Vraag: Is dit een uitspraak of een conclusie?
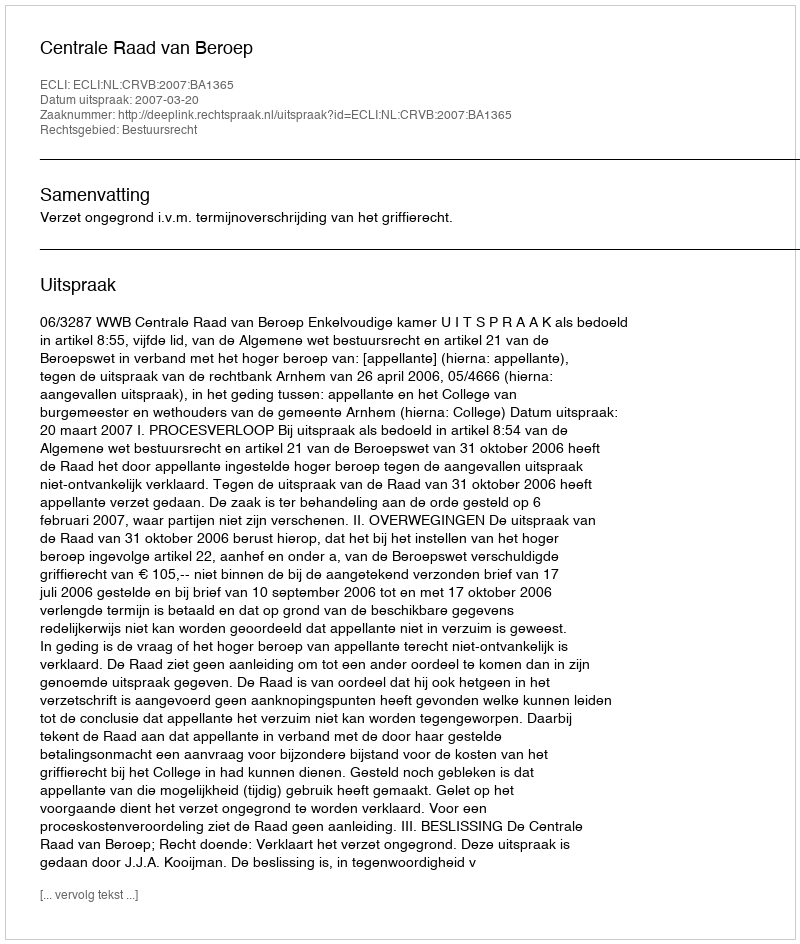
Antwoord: Uitspraak